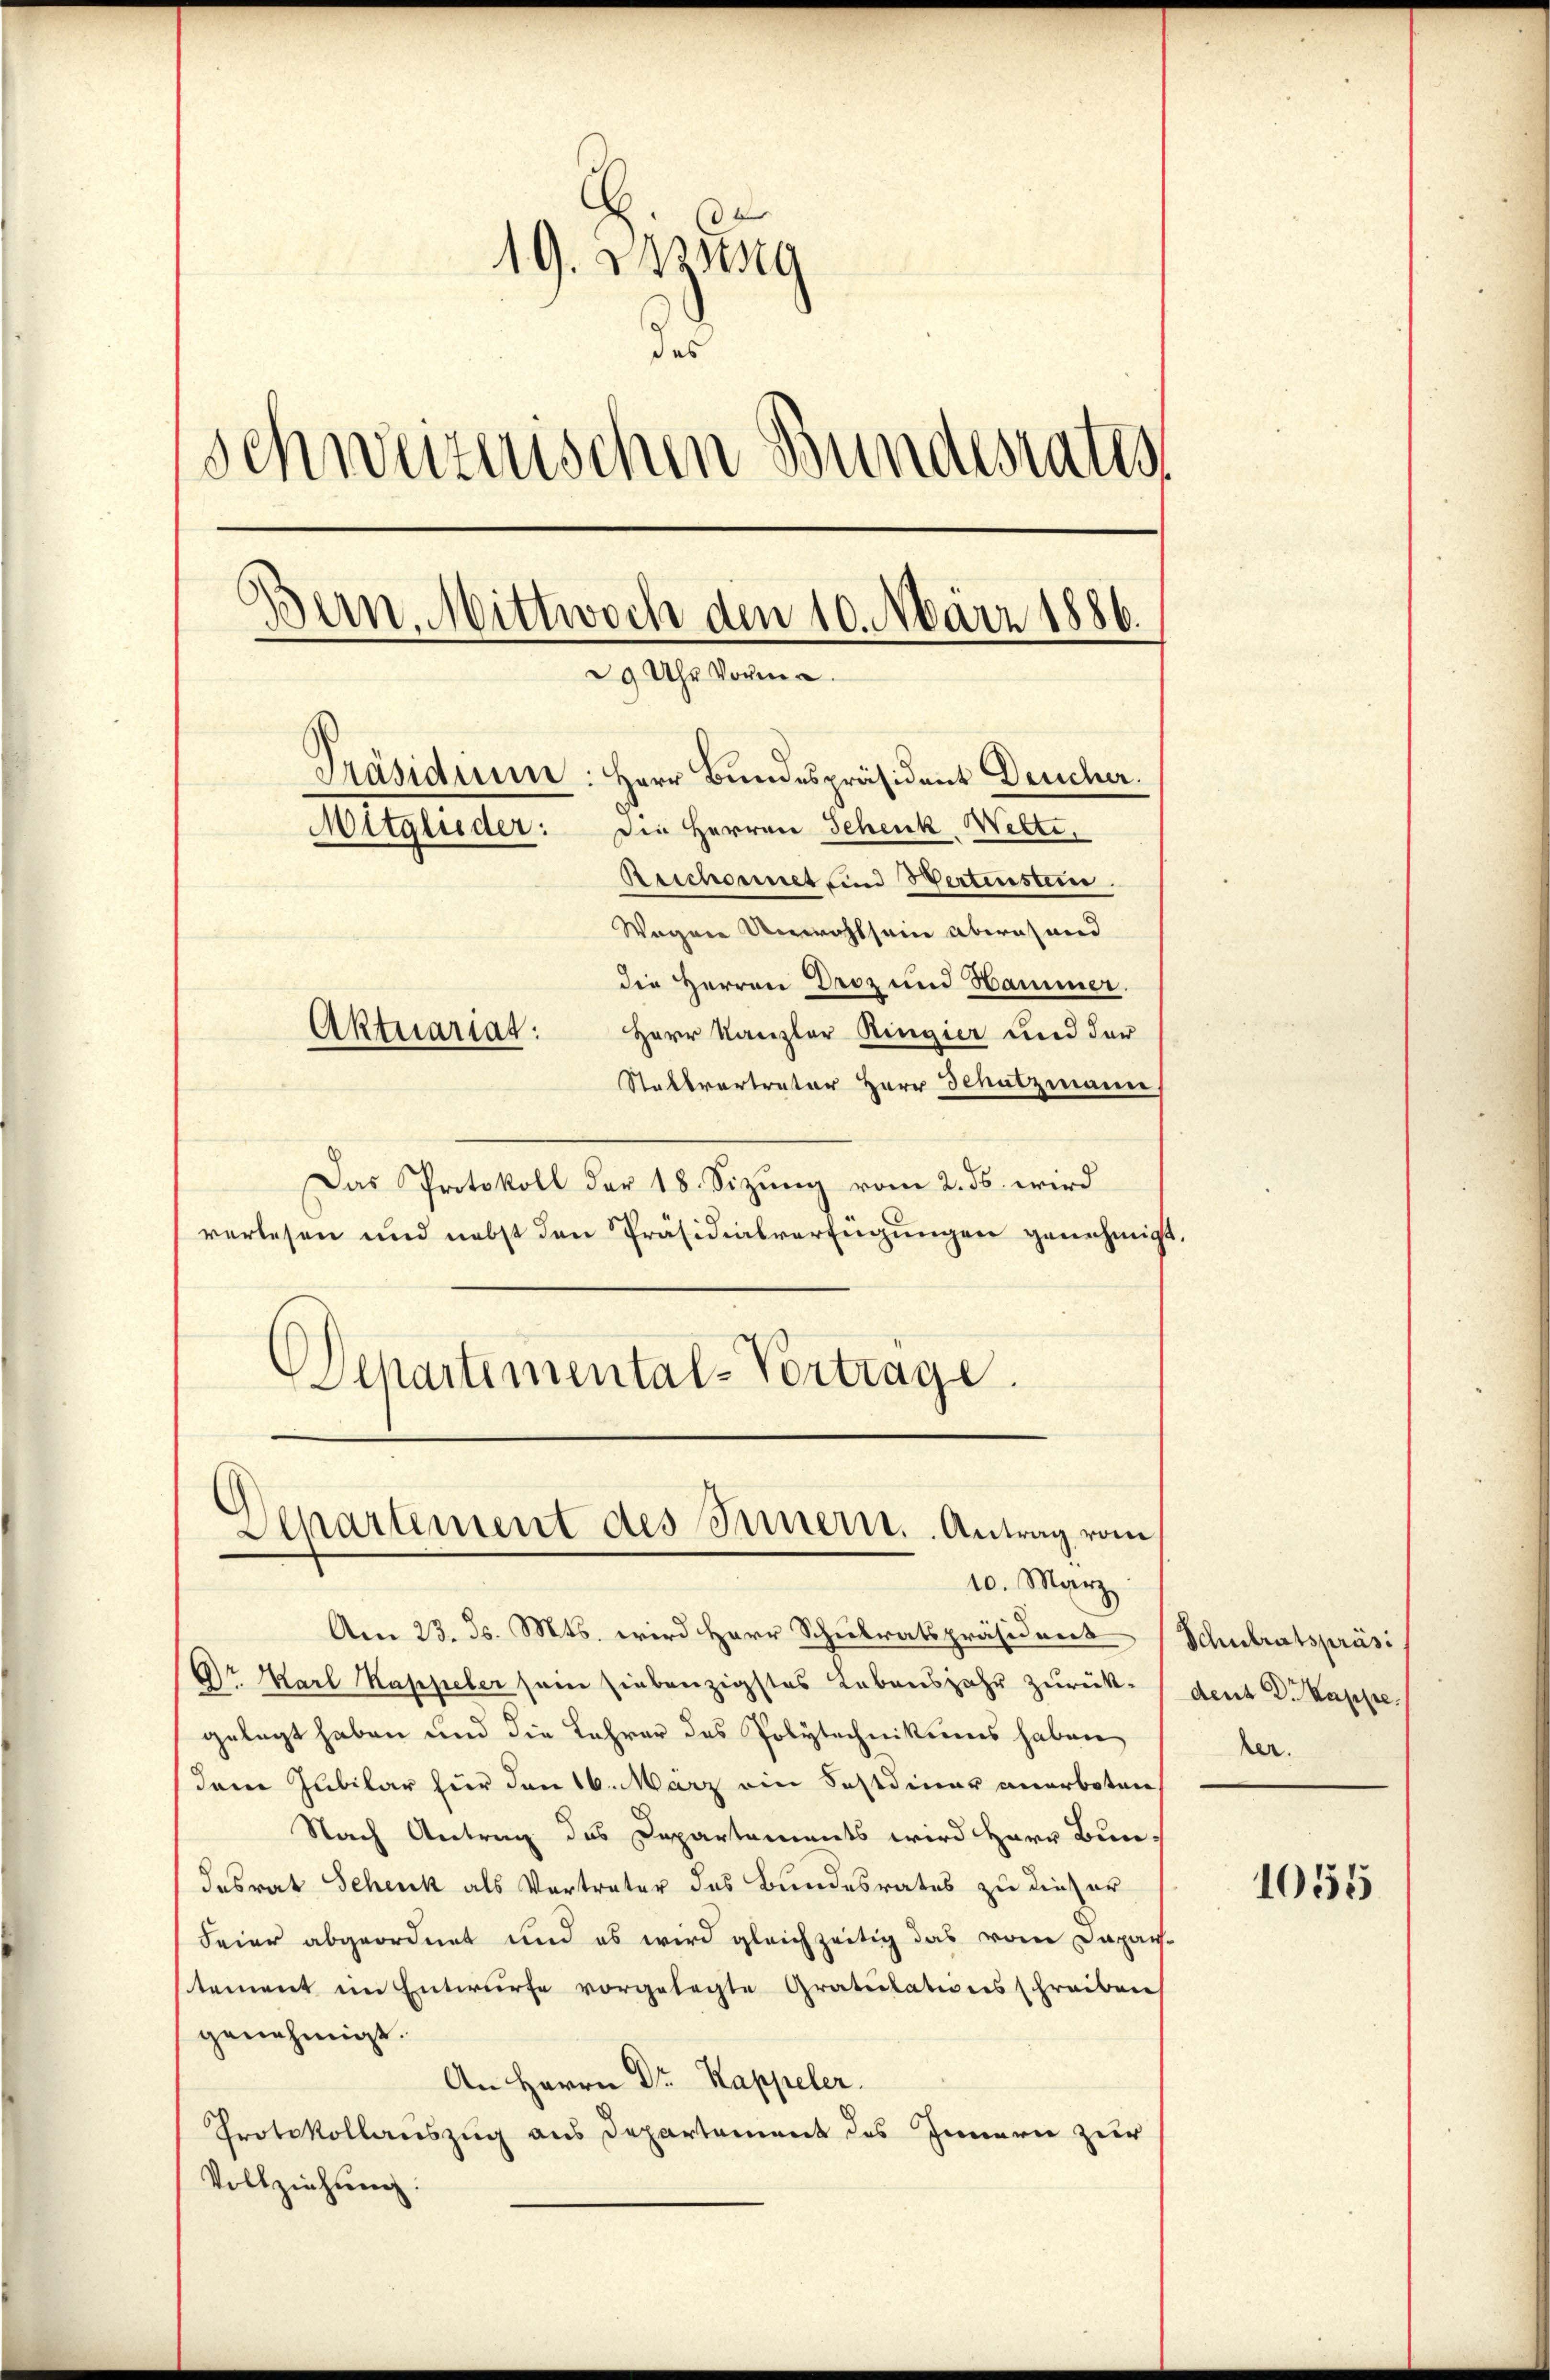
19. Austrig
des
Schweizerischen Bundesrates
¬
wan. Mittwoch den 10. März 1886.
29 Uhr Vorm
Präsidium: Herr Bundespräsident Deucher.
Mitglieder: Die Herren Schenk, Wette.
Beschonnet sind Wertenstein.
Wegen Unwohlsein abwesend
die Herren Droz und Hammer.
Herr Kanzler Ringier und der
Aktuariat:
Stallvertrator Herr Schutzmann

Das Protokoll der 18 Sizŭng vom 2. ds. wird
verlesen und nebst den Präsidialverfügungen genehmigt.
Departemental-Vortrage.

(
Ochartement des Innern. Antrag vom
10. März

Am 23. ds. Mts. wird Herr Schulratspräsident Schulratspräsi
Dr Karl Kappeler sein siebenzigstes Lebensjahr zurück. (dent D. Kappe
gelegt haben und die Lehrer des Polytechnikums haben
dem Jubilar für den 16. März ein Festdinar anerboten
Nach Antrag des Departements wird Herr Bun-
desrat Schenk als Vortreter des Bundesrates zu dieser
Feier abgeordnet und es wird gleichzeitig das vom Dapar-
stement im Entwurfe vorgelegte Gratulationsschreiben
genehmigt.
An Herrn Dr. Kappeler.
Protokollauszug aus Departement des Innern zur
Vollziehung:

ker.

1054